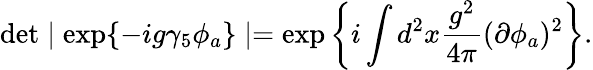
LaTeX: \operatorname*{det}\mid\exp\{ -ig\gamma_{5}\phi_{a}\} \mid=\exp\left\{ i\int d^{2}x\frac{g^{2}}{4\pi}(\partial\phi_{a})^{2}\right\} .